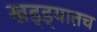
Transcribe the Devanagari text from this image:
खड्ड्यातच